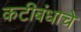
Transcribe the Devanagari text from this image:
कटीबंधाचे